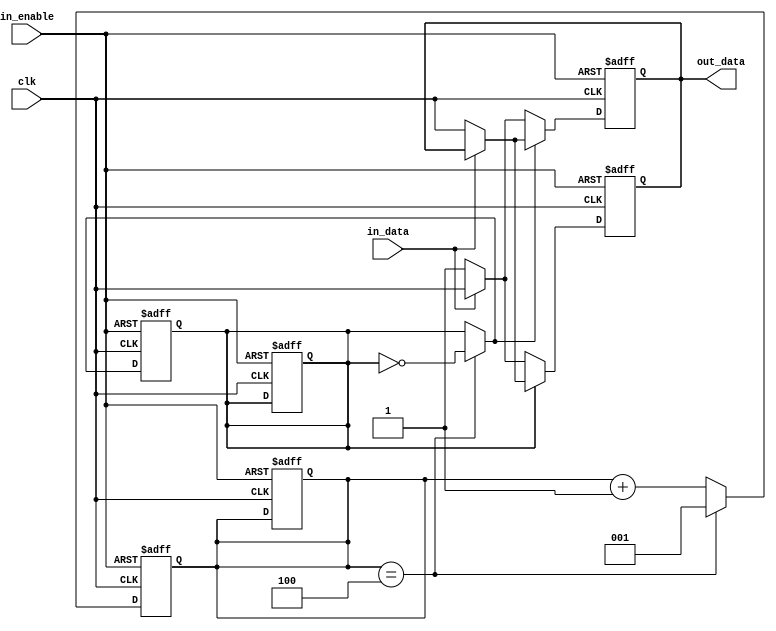
/*------------------------------------------------------------------------
--                     Codificador Manchester                     	--
-- * 1.0                                                          	--
-- Descripcion:                                                   	--
--    	Codificador manchester 		                          	--
--Ingresa el frame a enviar y sale codificado (codificacion manchester) --
--	Test bench de este archivo en tb_manch_mod.v			--
------------------------------------------------------------------------*/

module man_mod #(parameter N = 3)(clk, in_enable, in_data, out_data);

input clk;		//Clock de fc/16 en RFID (847,5 KHz)
input in_data;		//Informacion - ETU de 106Kb/s (8 clocks dentro de cada ETU)
input in_enable;	//Bit de habilitacion del modulo
output reg out_data;	//Salida del codificador manchester

reg  [N-1:0] count;	//Cuento los cuatro clock para estar en la mitad del ETU
reg etu;		//0 si se est en la primer mitad del etu - 1 si se est en la segunda mitad

  always @ (negedge clk, negedge in_enable) begin
      if(~in_enable) begin	//Cuando esta desabilitado el modulo, pongo la salida y el contador en 0 (cero)
	out_data <= 1'b0;
	etu <= 1'b0;
	count <= {N{1'b0}};
      end else begin
      count <= count +1;
      if(count == 3'b100) begin	//Cuando cuento la mitad de los clocks que entran en un etu
	etu = ~ etu;		//invierto el etu
	count <= 3'b001;		//reseteo el contador
      end
      if(~etu) begin		//Si estoy en la primera mitad del ETU
	if(in_data) begin	//Si estoy en presencia de un 1 como dato
  	    out_data <= clk;	//Copio el clk
  	end else begin 		//Si estoy en presencia de un 0 como dato
	    out_data <= 1'b1;	//Pongo en 1 la salida
	    end
      end else begin		//Si estoy en la segunda mitad de ETU
	if(~in_data) begin	//Si estoy en presencia de un 0 como dato
  	    out_data <= clk;	//Copio el clk
  	end
	end	
	end
  end
	 	    
  always @ (posedge clk, negedge in_enable) begin
       if(~in_enable) begin	//Cuando esta desabilitado el modulo, pongo la salida y el contador en 0 (cero)
	out_data <= 1'b0;
	etu <= 1'b0;
	count <= {N{1'b0}};
      end else begin
      
      if(~etu) begin		//Si estoy en la primera mitad del ETU
	if(in_data) begin	//Si estoy en presencia de un 1 como dato
  	    out_data <= clk;	//Copio el clk
  	end else begin 		//Si estoy en presencia de un 0 como dato
	    out_data <= 1'b1;	//Pongo en 1 la salida
	    end
      end else begin		//Si estoy en la segunda mitad de ETU
	if(~in_data) begin	//Si estoy en presencia de un 0 como dato
  	    out_data <= clk;	//Copio el clk
  	end
	end
	end
  end  
endmodule